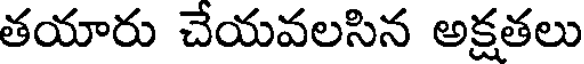
తయారు చేయవలసిన అక్షతలు